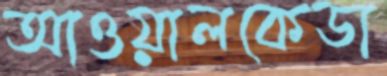
আওয়ালকেডা